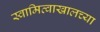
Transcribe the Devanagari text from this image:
स्वामित्वाखालच्या